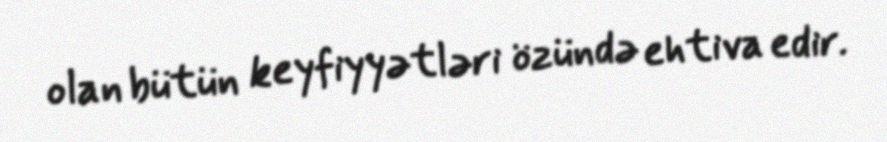
olan bütün keyfiyyətləri özündə ehtiva edir.